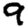
Digit: 9